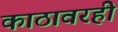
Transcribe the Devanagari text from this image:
काठावरही